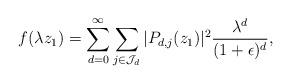
LaTeX: \begin{align*}f(\lambda z_1)=\sum_{d=0}^{\infty}\sum_{j\in\mathcal J_d}|P_{d,j}(z_1)|^2\frac{\lambda^d}{(1+\epsilon)^d},\end{align*}